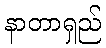
နာတာရှည်